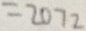
= 2 0 7 2